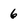
Character: 6